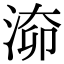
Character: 𣶐